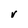
Character: V